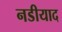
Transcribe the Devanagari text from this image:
नडीयाद